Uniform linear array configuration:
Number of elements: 24
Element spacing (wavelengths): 1
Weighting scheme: kaiser
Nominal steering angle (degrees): -60
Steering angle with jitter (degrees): -61.924
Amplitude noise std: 0.05
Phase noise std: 0.05

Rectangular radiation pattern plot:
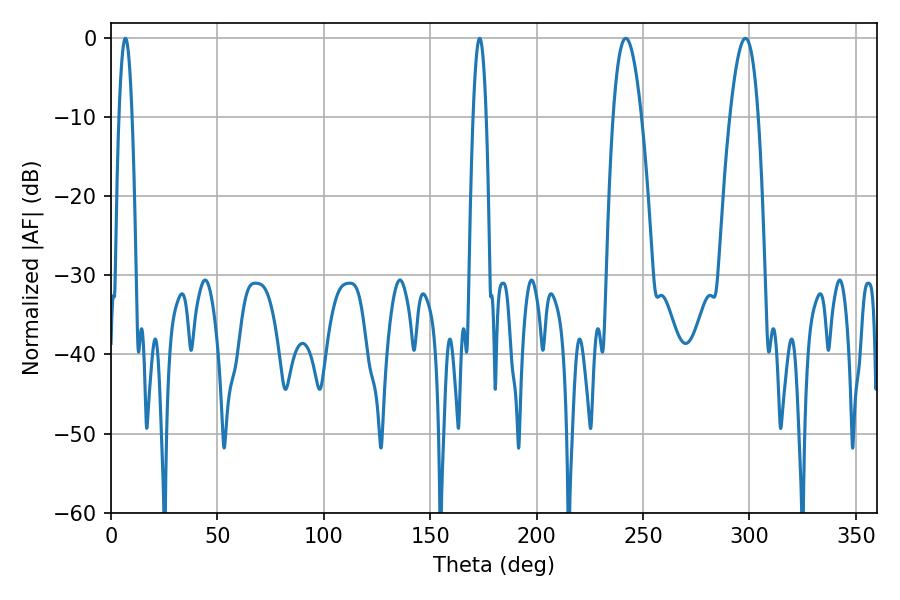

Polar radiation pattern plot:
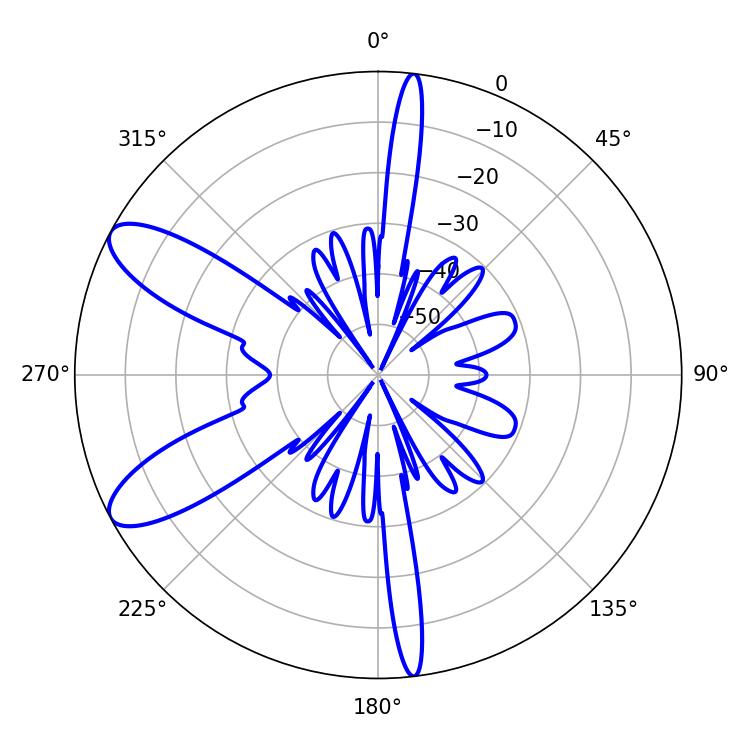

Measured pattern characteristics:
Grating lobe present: TRUE
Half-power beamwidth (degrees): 7.2
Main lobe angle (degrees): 298.08